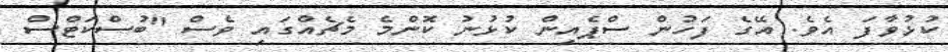
ކުޅުވާފަ އެވެ. އޭގެ ފަހުން ސްޕެއިން ކުޅުނު ކޮންމެ މެޗެއްގައި ވެސް "ބުސްކަޓްސް